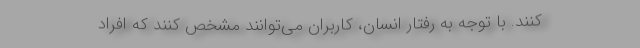
کنند. با توجه به رفتار انسان، کاربران می‌توانند مشخص کنند که افراد